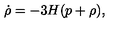
\dot { \rho } = - 3 H ( p + \rho ) ,